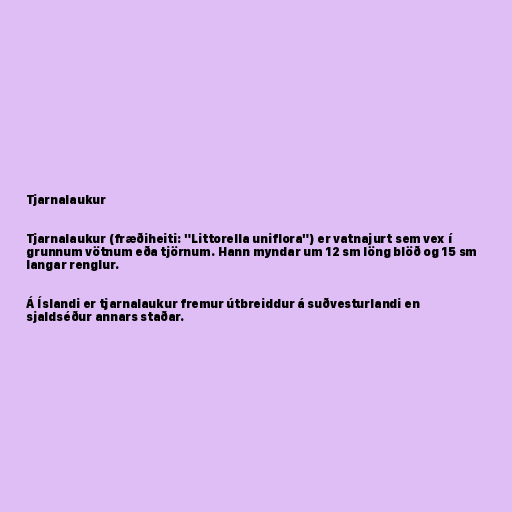
Tjarnalaukur

Tjarnalaukur (fræðiheiti: "Littorella uniflora") er vatnajurt sem vex í
grunnum vötnum eða tjörnum. Hann myndar um 12 sm löng blöð og 15 sm
langar renglur.

Á Íslandi er tjarnalaukur fremur útbreiddur á suðvesturlandi en
sjaldséður annars staðar.